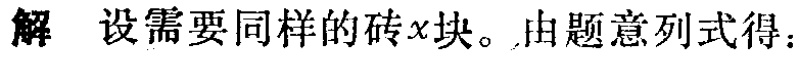
解 设需要同样的砖\(x\)块。由题意列式得：